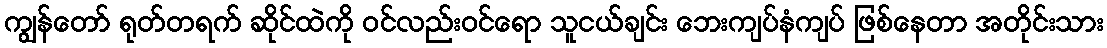
ကျွန်တော် ရုတ်တရက် ဆိုင်ထဲကို ဝင်လည်းဝင်ရော သူငယ်ချင်း ဘေးကျပ်နံကျပ် ဖြစ်နေတာ အတိုင်းသား